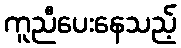
ကူညီပေးနေသည့်